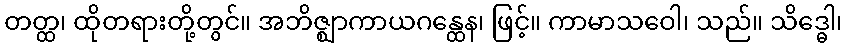
တတ္ထ၊ ထိုတရားတို့တွင်။ အဘိဇ္ဈာကာယဂန္ထေန၊ ဖြင့်။ ကာမာသဝေါ၊ သည်။ သိဒ္ဓေါ၊